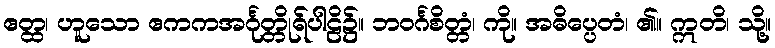
ဧတ္ထ၊ ဟူသော ဧကကအင်္ဂုတ္တိုရ်ပါဠိ၌။ ဘဝင်္ဂစိတ္တံ၊ ကို။ အဓိပ္ပေတံ၊ ၏။ ဣတိ၊ သို့။